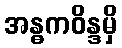
အန္ဓကဝိန္ဒမှိ